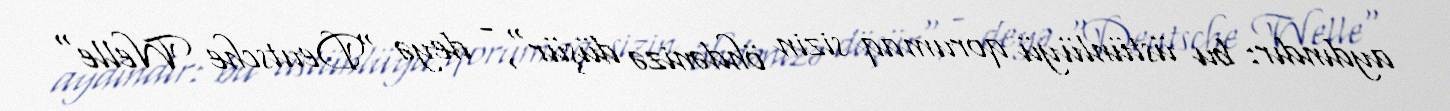
aydındır: bu üstünlüyü qorumaq sizin öhdənizə düşür", - deyə "Deutsche Welle"